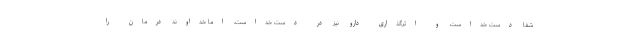
شفا دست خداست و اثرگذاری دارو نیز در دست خداست، اما خداوند درمان را